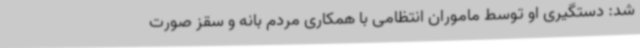
شد: دستگیری او توسط ماموران انتظامی با همکاری مردم بانه و سقز صورت